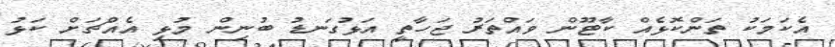
އެކަމަކު ތަންކޮޅެއް ކާޓޫން ވައްތަރު ޖަހާތީ އަޅުގަނޑު ބުނިން މުޅި އެއްޗަށް ކަޅު